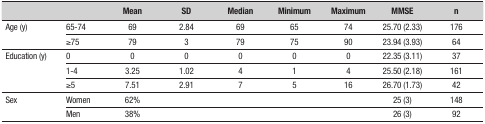
| <COLSPAN=2>  | Mean | SD | Median | Minimum | Maximum | MMSE | n |
 | --- | --- | --- | --- | --- | --- | --- | --- | --- |
 | <ROWSPAN=2> Age (y) | 65-74 | 69 | 2.84 | 69 | 65 | 74 | 25.70 (2.33) | 176 |
 | ≥75 | 79 | 3 | 79 | 75 | 90 | 23.94 (3.93) | 64 |
 | <ROWSPAN=3> Education (y) | 0 | 0 | 0 | 0 | 0 | 0 | 22.35 (3.11) | 37 |
 | 1-4 | 3.25 | 1.02 | 4 | 1 | 4 | 25.50 (2.18) | 161 |
 | ≥5 | 7.51 | 2.91 | 7 | 5 | 16 | 26.70 (1.73) | 42 |
 | <ROWSPAN=2> Sex | Women | 62% |  |  |  |  | 25 (3) | 148 |
 | Men | 38% |  |  |  |  | 26 (3) | 92 |